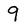
Character: 9